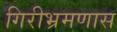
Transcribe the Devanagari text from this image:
गिरीभ्रमणास